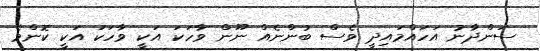
ސަންދާނު އަހައްމައިދީ ވެސް ބުންނެއް ނޫން ވާހަކަ އަކީ ވާހަކަ އަކީ ކޮންމެ